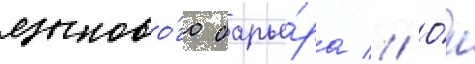
языково́го барье́ра // О́н